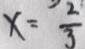
x = \frac { 2 } { 3 }